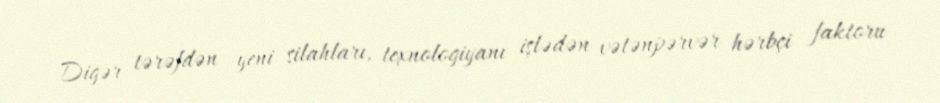
Digər tərəfdən yeni silahları, texnologiyanı işlədən vətənpərvər hərbçi faktoru